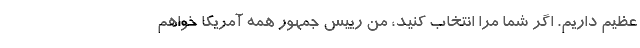
عظیم داریم. اگر شما مرا انتخاب کنید، من رییس جمهور همه آمریکا خواهم